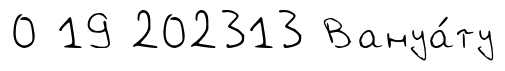
0 19 202313 Вануа́ту